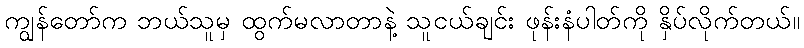
ကျွန်တော်က ဘယ်သူမှ ထွက်မလာတာနဲ့ သူငယ်ချင်း ဖုန်းနံပါတ်ကို နှိပ်လိုက်တယ်။